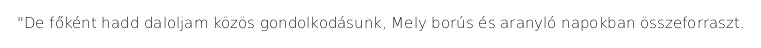
"De főként hadd daloljam közös gondolkodásunk, Mely borús és aranyló napokban összeforraszt.